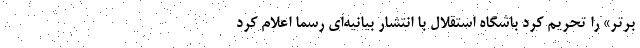
برتر» را تحریم کرد باشگاه استقلال با انتشار بیانیه‌ای رسما اعلام کرد